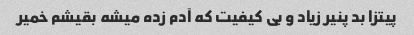
پیتزا بد پنیر زیاد و بی کیفیت که آدم زده میشه بقیشم خمیر